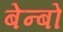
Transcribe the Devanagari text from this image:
बेन्बो